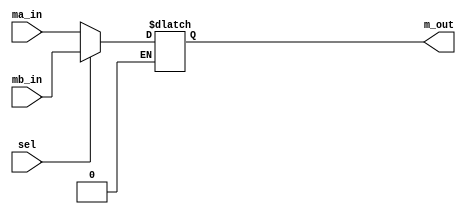
`timescale 1ns / 1ps
//////////////////////////////////////////////////////////////////////////////////
// Company: 
// Engineer: 
// 
// Design Name: 
// Module Name:    mux2bit 
// Project Name: 
// Target Devices: 
// Tool versions: 
// Description: 
//
// Dependencies: 
//
// Revision: 
// Revision 0.01 - File Created
// Additional Comments: 
//
//////////////////////////////////////////////////////////////////////////////////
module mux2bit(ma_in, mb_in, sel, m_out);

input [3:0] ma_in;
input [3:0] mb_in;
input sel;
output [3:0] m_out;

reg [3:0] m_out;

always @(ma_in or mb_in or sel) begin

	if (sel == 1'b0) begin
		m_out = ma_in;
	end
	else if (sel == 1'b1) begin
		m_out = mb_in;
	end
	
end

endmodule